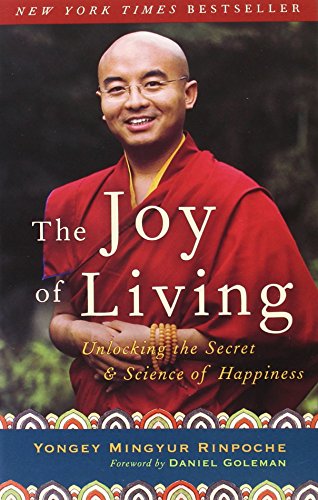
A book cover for The Joy of Living: Unlocking the Secret and Science of Happiness; Yongey Mingyur Rinpoche; Religion & Spirituality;